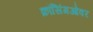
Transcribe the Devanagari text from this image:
क्रॉसिंगओवर